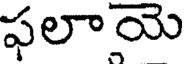
ఫలాయె